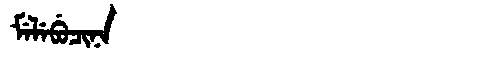
Manchu: ᠮᡝᠯᡝᠪᡠᠴᡳᠨᠠ
Romanization: MELEBUCINA